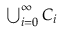
\textstyle \bigcup _ { i = 0 } ^ { \infty } C _ { i }